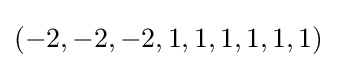
(-2,-2,-2,1,1,1,1,1,1)